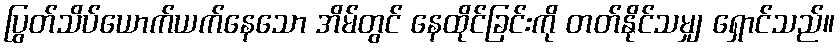
ပြွတ်သိပ်ယောက်ယက်နေသော အိမ်တွင် နေထိုင်ခြင်းကို တတ်နိုင်သမျှ ရှောင်သည်။